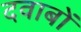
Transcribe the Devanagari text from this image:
दवाबों